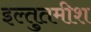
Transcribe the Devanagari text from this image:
इल्तुतमीश